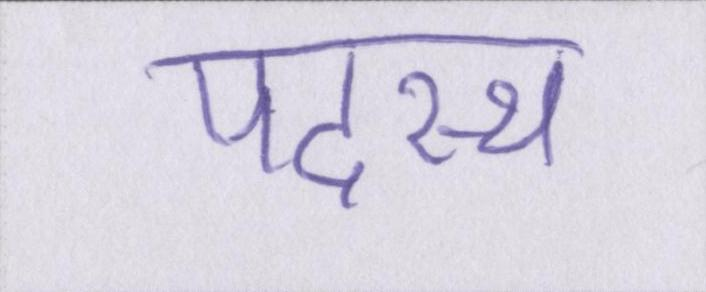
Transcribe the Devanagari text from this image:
पदस्थ